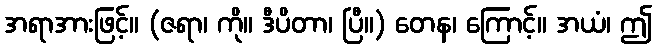
အရာအားဖြင့်။ (ဇရာ၊ ကို။ ဒီပိတာ၊ ပြီ။) တေန၊ ကြောင့်။ အယံ၊ ဤ